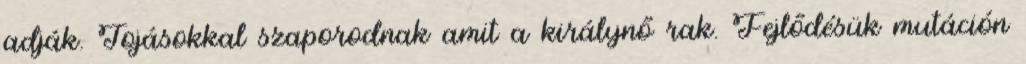
adják. Tojásokkal szaporodnak amit a királynő rak. Fejlődésük mutáción